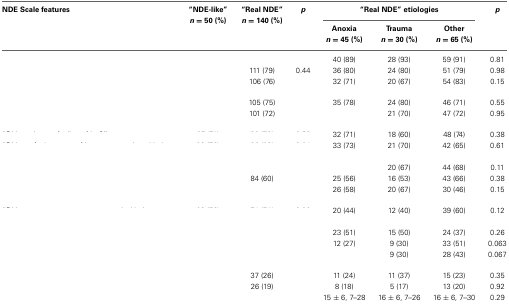
<table><thead><tr><td><b>NDE Scale features</b></td><td><b>“NDE-like” <i>n</i> = 50 (%)</b></td><td><b>“Real NDE” <i>n</i> = 140 (%)</b></td><td><b><i>p</i></b></td><td colspan="3"><b>“Real NDE” etiologies</b></td><td><b><i>p</i></b></td></tr><tr><td>[EMPTY_CELL]</td><td>[EMPTY_CELL]</td><td>[EMPTY_CELL]</td><td>[EMPTY_CELL]</td><td><b>Anoxia <i>n</i> = 45 (%)</b></td><td><b>Trauma <i>n</i> = 30 (%)</b></td><td><b>Other <i>n</i> = 65 (%)</b></td><td>[EMPTY_CELL]</td></tr></thead><tbody><tr><td>[EMPTY_CELL]</td><td>[EMPTY_CELL]</td><td>[EMPTY_CELL]</td><td>[EMPTY_CELL]</td><td>40 (89)</td><td>28 (93)</td><td>59 (91)</td><td>0.81</td></tr><tr><td>[EMPTY_CELL]</td><td>[EMPTY_CELL]</td><td>111 (79)</td><td>0.44</td><td>36 (80)</td><td>24 (80)</td><td>51 (79)</td><td>0.98</td></tr><tr><td>[EMPTY_CELL]</td><td>[EMPTY_CELL]</td><td>106 (76)</td><td>[EMPTY_CELL]</td><td>32 (71)</td><td>20 (67)</td><td>54 (83)</td><td>0.15</td></tr><tr><td>[EMPTY_CELL]</td><td>[EMPTY_CELL]</td><td>105 (75)</td><td>[EMPTY_CELL]</td><td>35 (78)</td><td>24 (80)</td><td>46 (71)</td><td>0.55</td></tr><tr><td>[EMPTY_CELL]</td><td>[EMPTY_CELL]</td><td>101 (72)</td><td>[EMPTY_CELL]</td><td>[EMPTY_CELL]</td><td>21 (70)</td><td>47 (72)</td><td>0.95</td></tr><tr><td>[EMPTY_CELL]</td><td>[EMPTY_CELL]</td><td>[EMPTY_CELL]</td><td>[EMPTY_CELL]</td><td>32 (71)</td><td>18 (60)</td><td>48 (74)</td><td>0.38</td></tr><tr><td>[EMPTY_CELL]</td><td>[EMPTY_CELL]</td><td>[EMPTY_CELL]</td><td>[EMPTY_CELL]</td><td>33 (73)</td><td>21 (70)</td><td>42 (65)</td><td>0.61</td></tr><tr><td>[EMPTY_CELL]</td><td>[EMPTY_CELL]</td><td>[EMPTY_CELL]</td><td>[EMPTY_CELL]</td><td>[EMPTY_CELL]</td><td>20 (67)</td><td>44 (68)</td><td>0.11</td></tr><tr><td>[EMPTY_CELL]</td><td>[EMPTY_CELL]</td><td>84 (60)</td><td>[EMPTY_CELL]</td><td>25 (56)</td><td>16 (53)</td><td>43 (66)</td><td>0.38</td></tr><tr><td>[EMPTY_CELL]</td><td>[EMPTY_CELL]</td><td>[EMPTY_CELL]</td><td>[EMPTY_CELL]</td><td>26 (58)</td><td>20 (67)</td><td>30 (46)</td><td>0.15</td></tr><tr><td>[EMPTY_CELL]</td><td>[EMPTY_CELL]</td><td>[EMPTY_CELL]</td><td>[EMPTY_CELL]</td><td>20 (44)</td><td>12 (40)</td><td>39 (60)</td><td>0.12</td></tr><tr><td>[EMPTY_CELL]</td><td>[EMPTY_CELL]</td><td>[EMPTY_CELL]</td><td>[EMPTY_CELL]</td><td>23 (51)</td><td>15 (50)</td><td>24 (37)</td><td>0.26</td></tr><tr><td>[EMPTY_CELL]</td><td>[EMPTY_CELL]</td><td>[EMPTY_CELL]</td><td>[EMPTY_CELL]</td><td>12 (27)</td><td>9 (30)</td><td>33 (51)</td><td>0.063</td></tr><tr><td>[EMPTY_CELL]</td><td>[EMPTY_CELL]</td><td>[EMPTY_CELL]</td><td>[EMPTY_CELL]</td><td>[EMPTY_CELL]</td><td>9 (30)</td><td>28 (43)</td><td>0.067</td></tr><tr><td>[EMPTY_CELL]</td><td>[EMPTY_CELL]</td><td>37 (26)</td><td>[EMPTY_CELL]</td><td>11 (24)</td><td>11 (37)</td><td>15 (23)</td><td>0.35</td></tr><tr><td>[EMPTY_CELL]</td><td>[EMPTY_CELL]</td><td>26 (19)</td><td>[EMPTY_CELL]</td><td>8 (18)</td><td>5 (17)</td><td>13 (20)</td><td>0.92</td></tr><tr><td>[EMPTY_CELL]</td><td>[EMPTY_CELL]</td><td>[EMPTY_CELL]</td><td>[EMPTY_CELL]</td><td>15 ± 6, 7–28</td><td>16 ± 6, 7–26</td><td>16 ± 6, 7–30</td><td>0.29</td></tr></tbody></table>